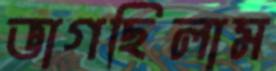
ভাগছিলাম